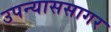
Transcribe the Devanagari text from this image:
उपन्याससागर